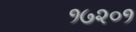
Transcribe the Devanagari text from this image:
१७२०१